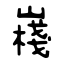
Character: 嶘